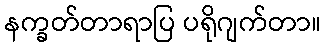
နက္ခတ်တာရာပြ ပရိုဂျက်တာ။